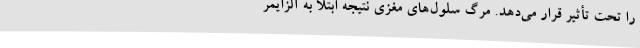
را تحت تأثیر قرار می‌دهد. مرگ سلول‌های مغزی نتیجه ابتلا به آلزایمر